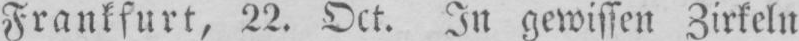
Frankfurt, 22. Oct. In gewissen Zirkeln